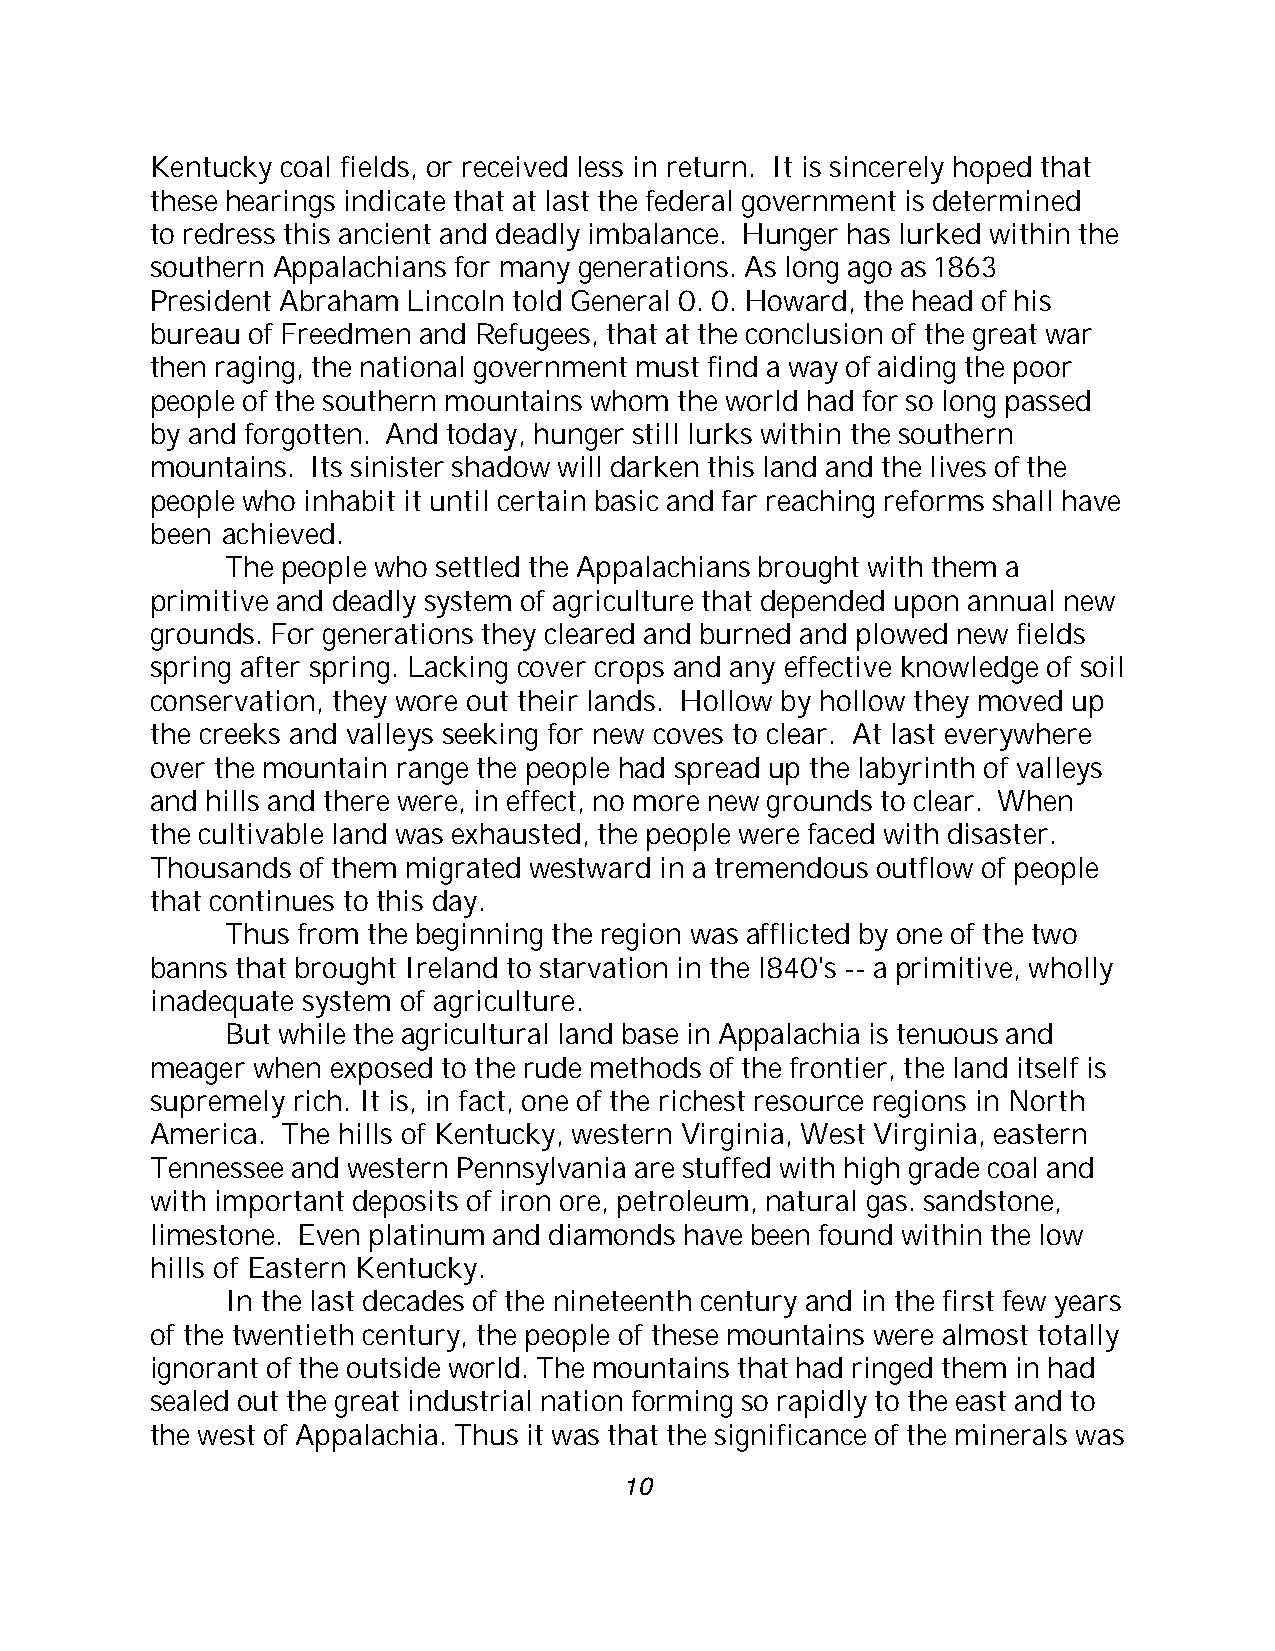
Kentucky coal fields, or received less in return. It is sincerely hoped that
 these hearings indicate that at last the federal government is determined
 to redress this ancient and deadly imbalance. Hunger has lurked within the
 southern Appalachians for many generations. As long ago as 1863
 President Abraham Lincoln told General 0. 0. Howard, the head of his
 bureau of Freedmen and Refugees, that at the conclusion of the great war
 then raging, the national government must find a way of aiding the poor
 people of the southern mountains whom the world had for so long passed
 by and forgotten. And today, hunger still lurks within the southern
 mountains. Its sinister shadow will darken this land and the lives of the
 people who inhabit it until certain basic and far reaching reforms shall have
 been achieved.
 The people who settled the Appalachians brought with them a
 primitive and deadly system of agriculture that depended upon annual new
 grounds. For generations they cleared and burned and plowed new fields
 spring after spring. Lacking cover crops and any effective knowledge of soil
 conservation, they wore out their lands. Hollow by hollow they moved up
 the creeks and valleys seeking for new coves to clear. At last everywhere
 over the mountain range the people had spread up the labyrinth of valleys
 and hills and there were, in effect, no more new grounds to clear. When
 the cultivable land was exhausted, the people were faced with disaster.
 Thousands of them migrated westward in a tremendous outflow of people
 that continues to this day.
 Thus from the beginning the region was afflicted by one of the two
 banns that brought Ireland to starvation in the l840's -- a primitive, wholly
 inadequate system of agriculture.
 But while the agricultural land base in Appalachia is tenuous and
 meager when exposed to the rude methods of the frontier, the land itself is
 supremely rich. It is, in fact, one of the richest resource regions in North
 America. The hills of Kentucky, western Virginia, West Virginia, eastern
 Tennessee and western Pennsylvania are stuffed with high grade coal and
 with important deposits of iron ore, petroleum, natural gas. sandstone,
 limestone. Even platinum and diamonds have been found within the low
 hills of Eastern Kentucky.
 In the last decades of the nineteenth century and in the first few years
 of the twentieth century, the people of these mountains were almost totally
 ignorant of the outside world. The mountains that had ringed them in had
 sealed out the great industrial nation forming so rapidly to the east and to
 the west of Appalachia. Thus it was that the significance of the minerals was
 10